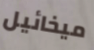
ميخائيل